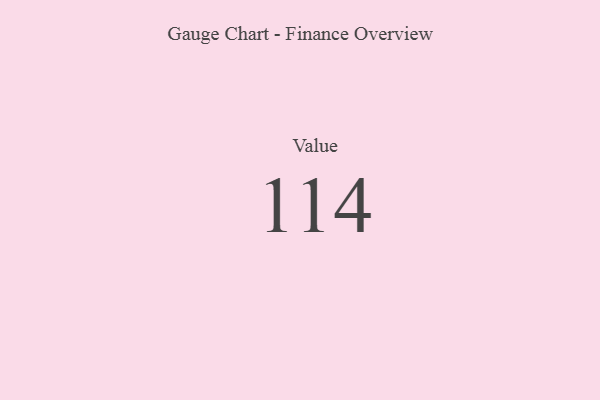
{"axis": {"x": "Metric", "y": "Value"}, "legend": [""], "data": [{"x": "Value", "y": 114, "type": ""}]}